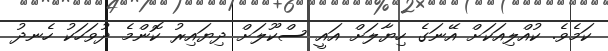
ކަމެވެ. ކުއްލިއަކަށް އޭނަގެ ހިޔާލަށް އައީ ސްކޫލަށް ދިޔައިރު ކޮންމެ ދުވަހަކު ހެނދު